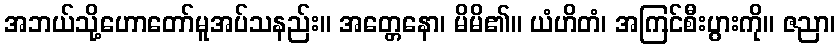
အဘယ်သို့ဟောတော်မူအပ်သနည်း။ အတ္တေနော၊ မိမိ၏။ ယံဟိတံ၊ အကြင်စီးပွားကို။ ဇညာ၊